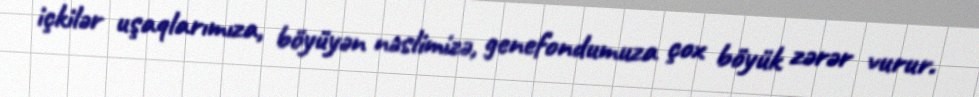
içkilər uşaqlarımıza, böyüyən nəslimizə, genefondumuza çox böyük zərər vurur.